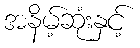
အနိမ့်ဆုံးနှင့်